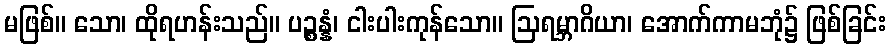
မဖြစ်။ သော၊ ထိုရဟန်းသည်။ ပဉ္စန္နံ၊ ငါးပါးကုန်သော။ ဩရမ္ဘာဂိယာ၊ အောက်ကာမဘုံ၌ ဖြစ်ခြင်း